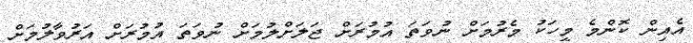
އެއިން ކޮންމެ މީހަކު މެރުމަށް ނުވަތަ އުމުރަށް ޖަލަށްލުމަށް ނުވަތަ އުމުރަށް އަރުވާލުމަށް